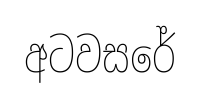
අටවසරේ